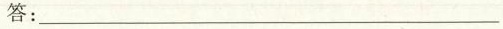
答：___